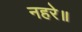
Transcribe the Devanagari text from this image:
नहरे॥